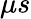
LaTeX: \mu s